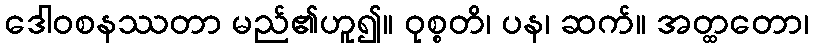
ဒေါဝစနဿတာ မည်၏ဟူ၍။ ဝုစ္စတိ၊ ပန၊ ဆက်။ အတ္ထတော၊